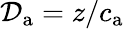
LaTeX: \mathcal{D}_{\mathrm{a}}=z/c_{\mathrm{a}}